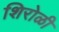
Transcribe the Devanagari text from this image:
शिरोळी